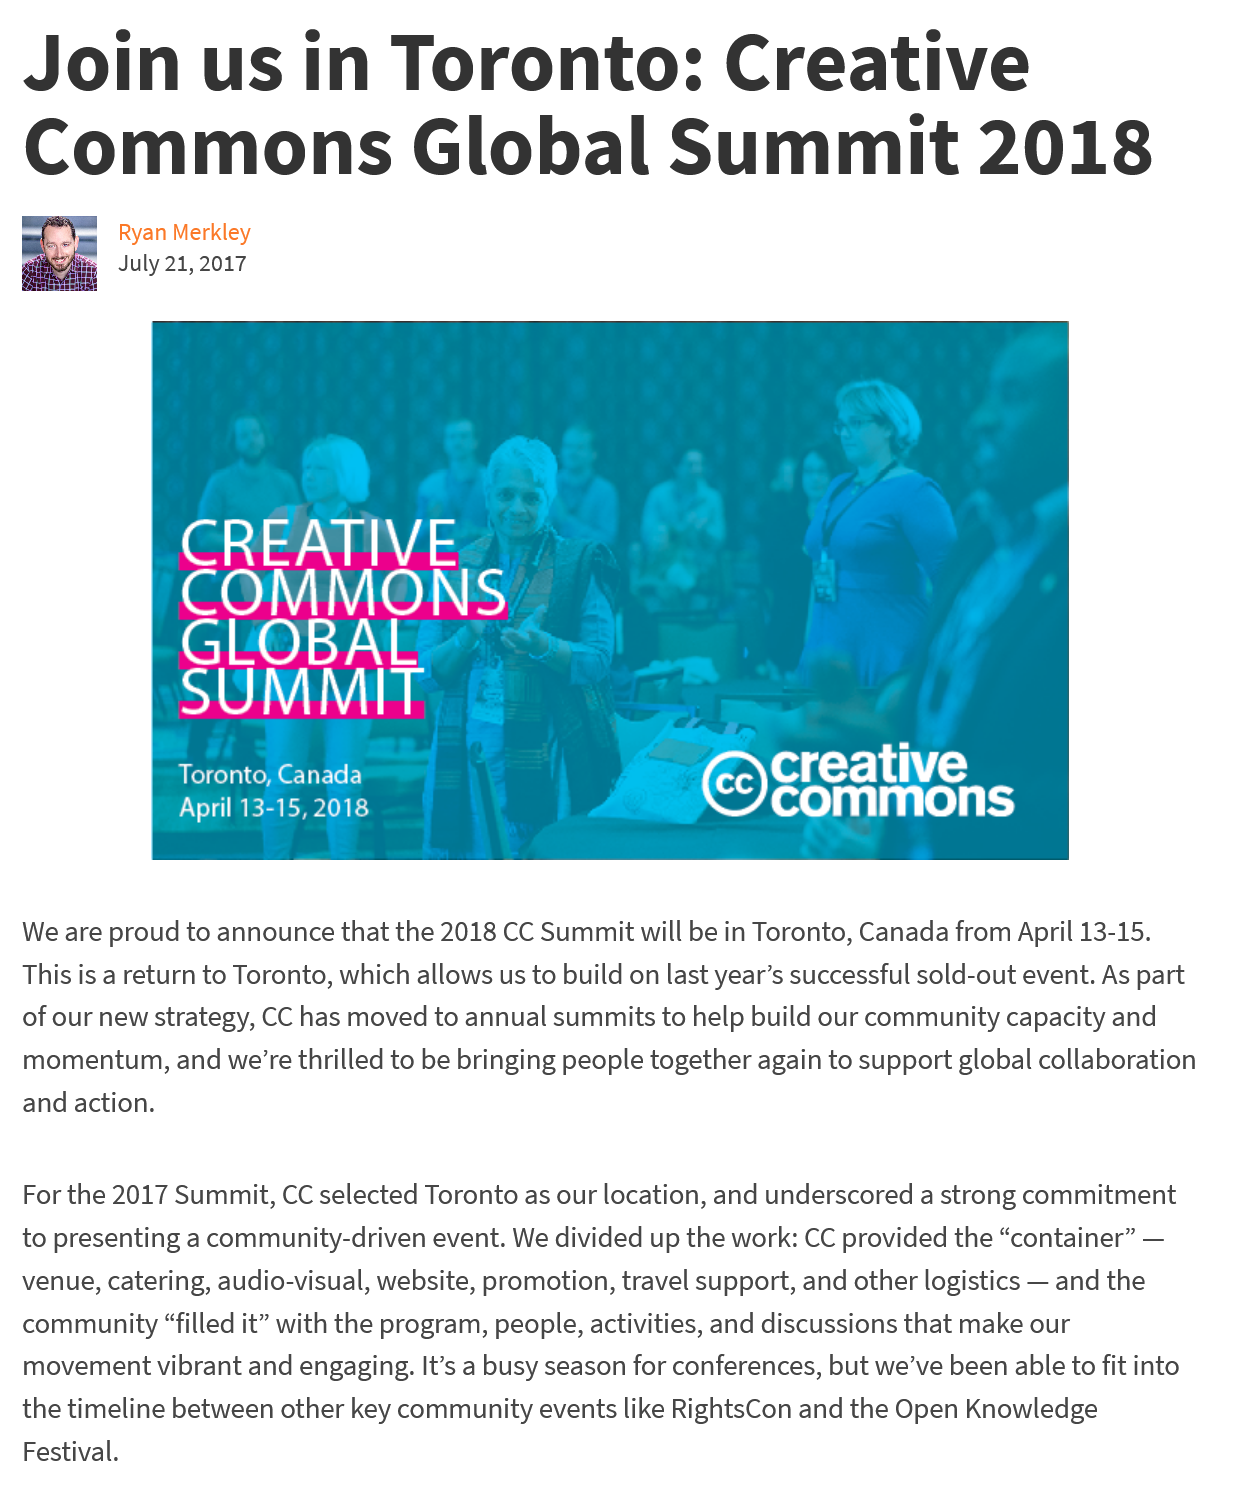
Join    us    in    Toronto:    Creative
  Commons    Global    Summit    2018
     ae
     Ryan Merkley
     July 21, 2017
     Toronto, Canada
     April 13-15, 2018
     Oye    ae
  For the 2017 Summit, CC selected Toronto as our location, and underscored a strong commitment
  to presenting a community-driven event. We divided up the work: CC provided the “container”
     —
  venue, catering, audio-visual, website, promotion, travel support, and other logistics —
     and the
  community  “filled it” with the program, people, activities, and discussions that make our
  movement vibrant and engaging. It’s a busy season for conferences, but we’ve been able to fit into
  the timeline between other key community events like RightsCon and the Open Knowledge
  Festival.
  We are proud to announce that the 2018 CC Summit will be in Toronto, Canada from April 13-15.
  This is a return to Toronto, which allows us to build on last year’s successful sold-out event. As part
  of our new strategy, CC has moved to annual summits to help build our community capacity and
  momentum,  and we’re thrilled to be bringing people together again to support global collaboration
  and action.